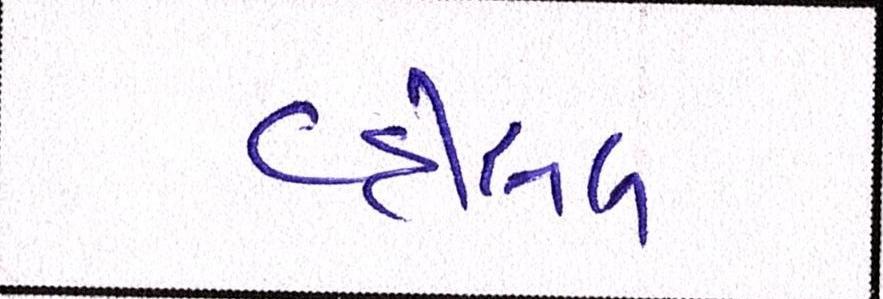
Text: વ્હીસલ